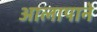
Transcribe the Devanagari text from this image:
आलापाने